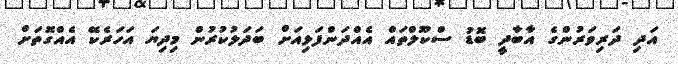
އަދި ދަރިވަރުންގެ އާބާދީ ބޮޑު ސްކޫލްތައް އެއްދަންފަޅިއަށް ބަދަލުކުރުން މިދިޔަ އަހަރެކޭ އެއްގޮތަށް